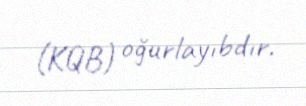
(KQB) oğurlayıbdır.